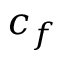
c _ { f }